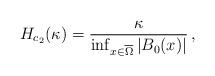
LaTeX: \begin{align*} H_{c_2}(\kappa) = \frac{ \kappa}{ \inf_{x\in \overline\Omega} |B_0(x)| } \,, \end{align*}